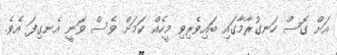
އަށް ގޮސް ހަނގުރާމާގައި ބައިވެރިވި މީހެއް ކަމަށް ވެސް ވަނީ އެނގިފަ އެވެ.